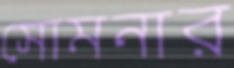
সোমনার